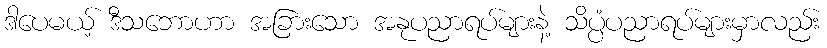
ဒါပေမယ့် ဒီသဘောဟာ အခြားသော အနုပညာရပ်များနဲ့ သိပ္ပံပညာရပ်များမှာလည်း